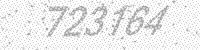
Solution: 723164